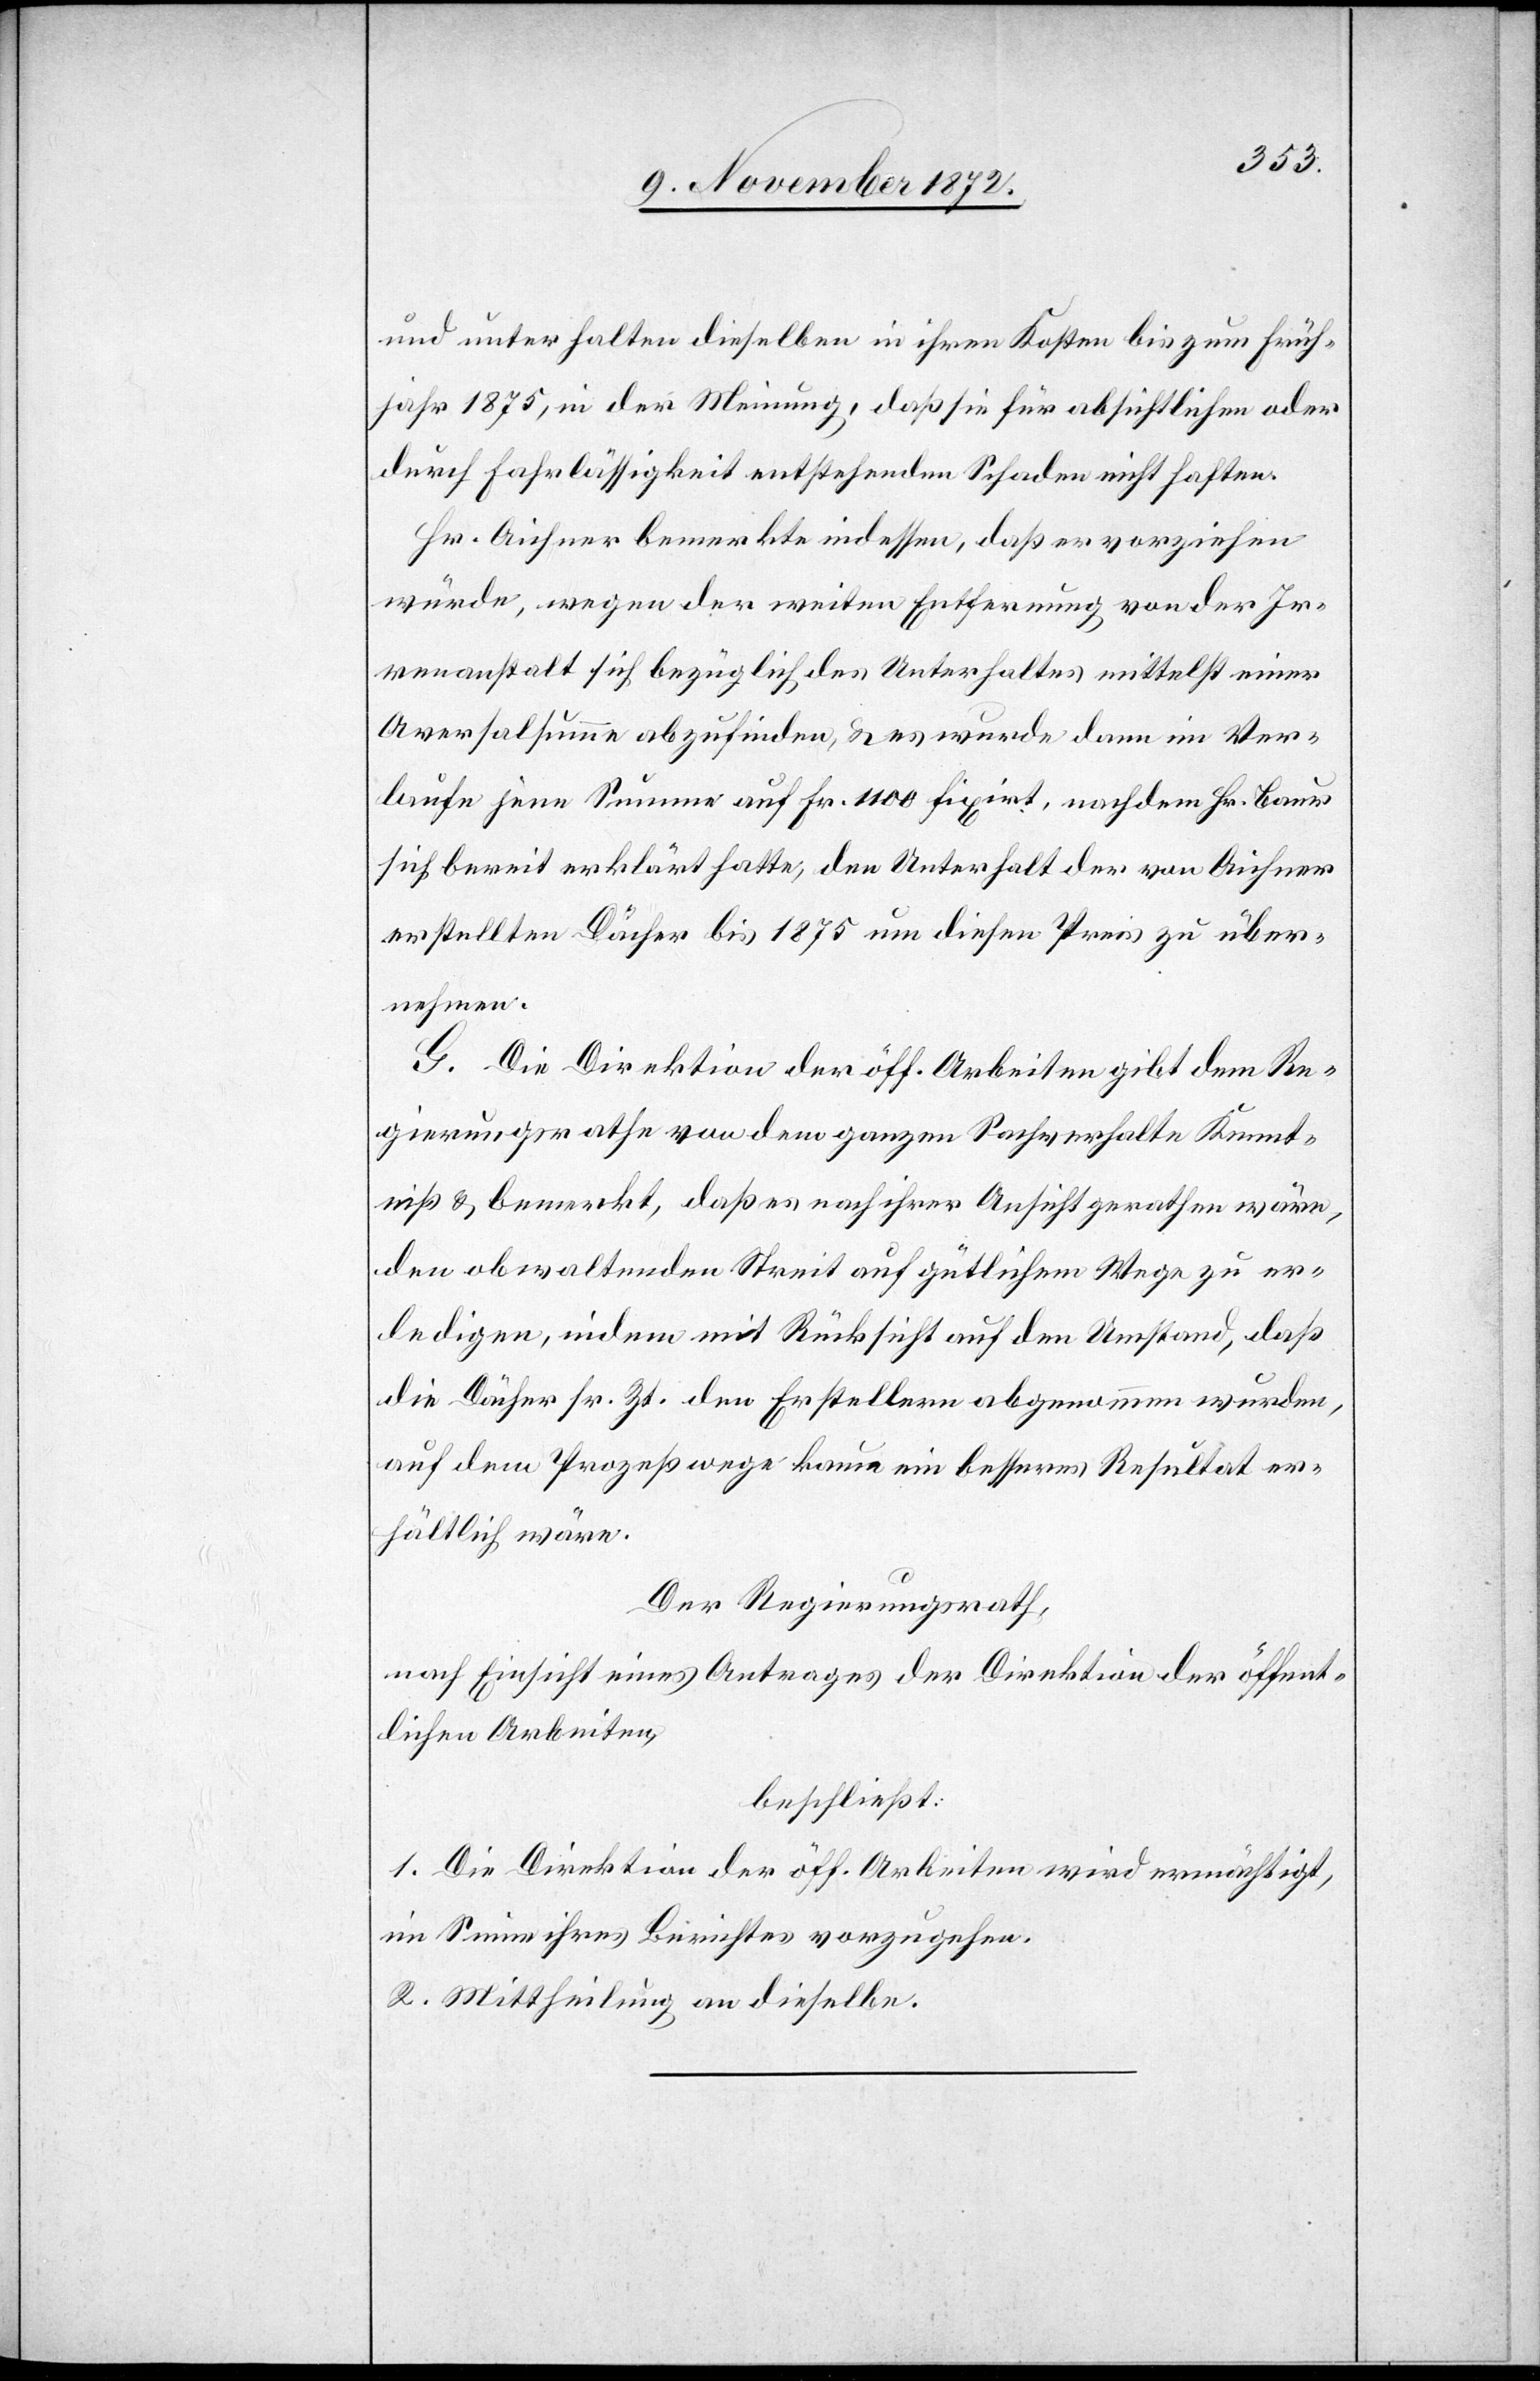
und unterhalten dieselben in ihren Kosten bis zum Früh¬
jahr 1875, in der Meinung, daß sie für absichtlichen oder
durch Fahrlässigkeit entstehenden Schaden nicht haften.
Hr. Aichner bemerkte indessen, daß er vorziehen
würde, wegen der weiten Entfernung von der Ir¬
renanstalt sich bezüglich des Unterhaltes mittelst einer
Aversalsumme abzufinden, u. es wurde dann im Ver¬
laufe jene Summe auf Fr. 1100 fixirt, nachdem Hr. Baur
sich bereit erklärt hatte, den Unterhalt der von Aichner
erstellten Dächer bis 1875 um diesen Preis zu über¬
nehmen.
G. Die Direktion der öff. Arbeiten gibt dem Re¬
gierungsrathe von dem ganzen Sachverhalte Kennt¬
niß u. bemerkt, daß es nach ihrer Ansicht gerathen wäre,
den obwaltenden Streit auf gütlichem Wege zu er¬
ledigen, indem mit Rücksicht auf den Umstand, daß
die Dächer sr. zt. den Erstellern abgenommen wurden,
auf dem Prozeßwege kaum ein besseres Resultat er¬
hältlich wäre.
Der Regierungsrath,
nach Einsicht eines Antrages der Direktion der öffent¬
lichen Arbeiten,
beschließt:
1. Die Direktion der öff. Arbeiten wird ermächtigt,
im Sinne ihres Berichtes vorzugehen.
2. Mittheilung an dieselbe.